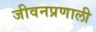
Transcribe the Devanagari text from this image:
जीवनप्रणाली